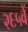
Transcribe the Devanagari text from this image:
२६५वें